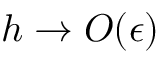
h \to O ( \epsilon )